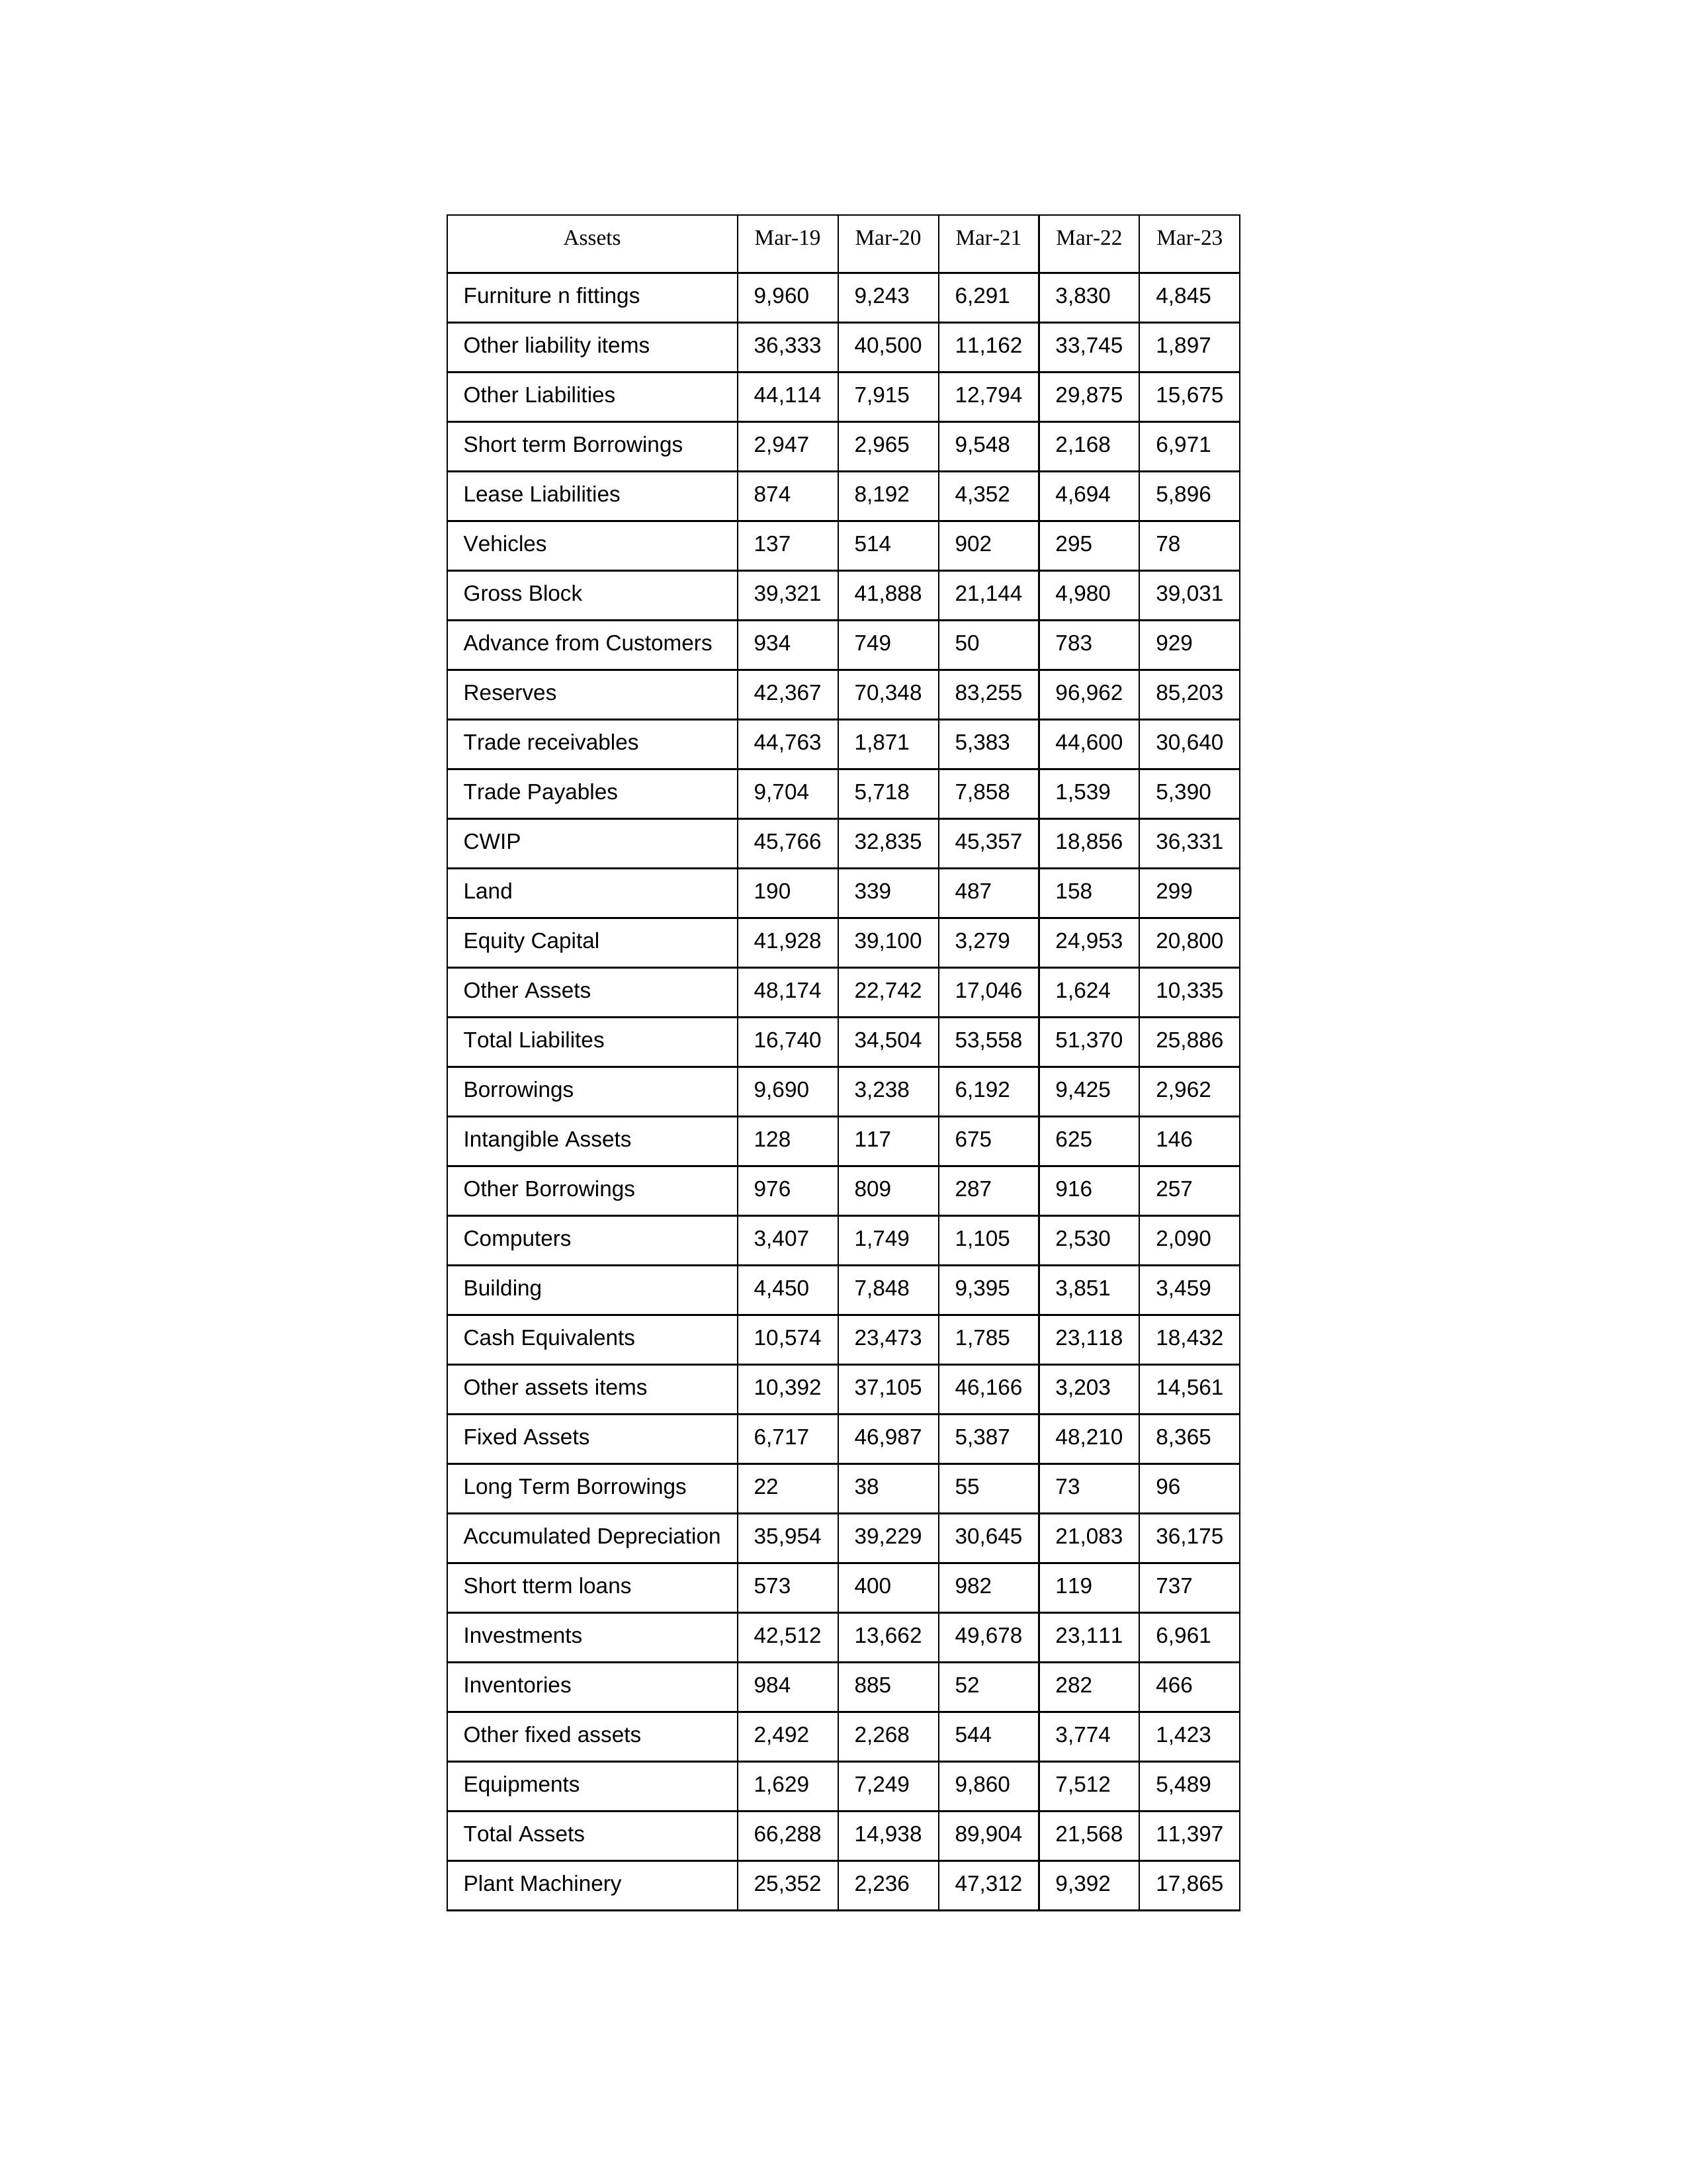
gt_parse: Mar-19: Equity Capital: 41,928
Reserves: 42,367
Borrowings: 9,690
Long Term Borrowings: 22
Short term Borrowings: 2,947
Lease Liabilities: 874
Other Borrowings: 976
Other Liabilities: 44,114
Trade Payables: 9,704
Advance from Customers: 934
Other liability items: 36,333
Total Liabilites: 16,740
Fixed Assets: 6,717
Land: 190
Building: 4,450
Plant Machinery: 25,352
Equipments: 1,629
Computers: 3,407
Furniture n fittings: 9,960
Vehicles: 137
Intangible Assets: 128
Other fixed assets: 2,492
Gross Block: 39,321
Accumulated Depreciation: 35,954
CWIP: 45,766
Investments: 42,512
Other Assets: 48,174
Inventories: 984
Trade receivables: 44,763
Cash Equivalents: 10,574
Short tterm loans: 573
Other assets items: 10,392
Total Assets: 66,288
Mar-20: Equity Capital: 39,100
Reserves: 70,348
Borrowings: 3,238
Long Term Borrowings: 38
Short term Borrowings: 2,965
Lease Liabilities: 8,192
Other Borrowings: 809
Other Liabilities: 7,915
Trade Payables: 5,718
Advance from Customers: 749
Other liability items: 40,500
Total Liabilites: 34,504
Fixed Assets: 46,987
Land: 339
Building: 7,848
Plant Machinery: 2,236
Equipments: 7,249
Computers: 1,749
Furniture n fittings: 9,243
Vehicles: 514
Intangible Assets: 117
Other fixed assets: 2,268
Gross Block: 41,888
Accumulated Depreciation: 39,229
CWIP: 32,835
Investments: 13,662
Other Assets: 22,742
Inventories: 885
Trade receivables: 1,871
Cash Equivalents: 23,473
Short tterm loans: 400
Other assets items: 37,105
Total Assets: 14,938
Mar-21: Equity Capital: 3,279
Reserves: 83,255
Borrowings: 6,192
Long Term Borrowings: 55
Short term Borrowings: 9,548
Lease Liabilities: 4,352
Other Borrowings: 287
Other Liabilities: 12,794
Trade Payables: 7,858
Advance from Customers: 50
Other liability items: 11,162
Total Liabilites: 53,558
Fixed Assets: 5,387
Land: 487
Building: 9,395
Plant Machinery: 47,312
Equipments: 9,860
Computers: 1,105
Furniture n fittings: 6,291
Vehicles: 902
Intangible Assets: 675
Other fixed assets: 544
Gross Block: 21,144
Accumulated Depreciation: 30,645
CWIP: 45,357
Investments: 49,678
Other Assets: 17,046
Inventories: 52
Trade receivables: 5,383
Cash Equivalents: 1,785
Short tterm loans: 982
Other assets items: 46,166
Total Assets: 89,904
Mar-22: Equity Capital: 24,953
Reserves: 96,962
Borrowings: 9,425
Long Term Borrowings: 73
Short term Borrowings: 2,168
Lease Liabilities: 4,694
Other Borrowings: 916
Other Liabilities: 29,875
Trade Payables: 1,539
Advance from Customers: 783
Other liability items: 33,745
Total Liabilites: 51,370
Fixed Assets: 48,210
Land: 158
Building: 3,851
Plant Machinery: 9,392
Equipments: 7,512
Computers: 2,530
Furniture n fittings: 3,830
Vehicles: 295
Intangible Assets: 625
Other fixed assets: 3,774
Gross Block: 4,980
Accumulated Depreciation: 21,083
CWIP: 18,856
Investments: 23,111
Other Assets: 1,624
Inventories: 282
Trade receivables: 44,600
Cash Equivalents: 23,118
Short tterm loans: 119
Other assets items: 3,203
Total Assets: 21,568
Mar-23: Equity Capital: 20,800
Reserves: 85,203
Borrowings: 2,962
Long Term Borrowings: 96
Short term Borrowings: 6,971
Lease Liabilities: 5,896
Other Borrowings: 257
Other Liabilities: 15,675
Trade Payables: 5,390
Advance from Customers: 929
Other liability items: 1,897
Total Liabilites: 25,886
Fixed Assets: 8,365
Land: 299
Building: 3,459
Plant Machinery: 17,865
Equipments: 5,489
Computers: 2,090
Furniture n fittings: 4,845
Vehicles: 78
Intangible Assets: 146
Other fixed assets: 1,423
Gross Block: 39,031
Accumulated Depreciation: 36,175
CWIP: 36,331
Investments: 6,961
Other Assets: 10,335
Inventories: 466
Trade receivables: 30,640
Cash Equivalents: 18,432
Short tterm loans: 737
Other assets items: 14,561
Total Assets: 11,397